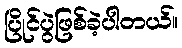
ပြိုင်ပွဲဖြစ်ခဲ့ပါတယ်။